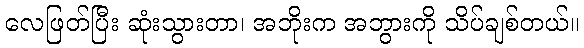
လေဖြတ်ပြီး ဆုံးသွားတာ၊ အဘိုးက အဘွားကို သိပ်ချစ်တယ်။